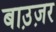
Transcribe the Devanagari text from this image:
बाउ़ज़र